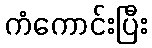
ကံကောင်းပြီး